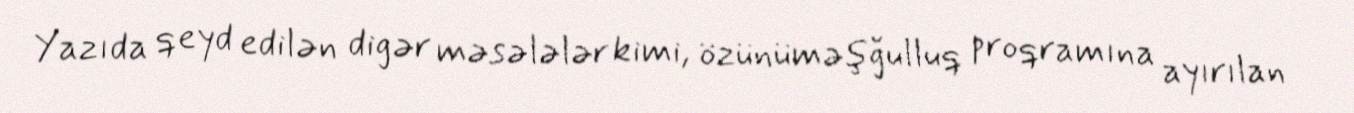
Yazıda qeyd edilən digər məsələlər kimi, özünüməşğulluq proqramına ayırılan